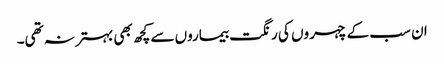
ان سب کے چہر وں کی رنگت بیماروں سے کچھ بھی بہتر نہ تھی۔